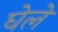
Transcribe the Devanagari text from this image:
घेले